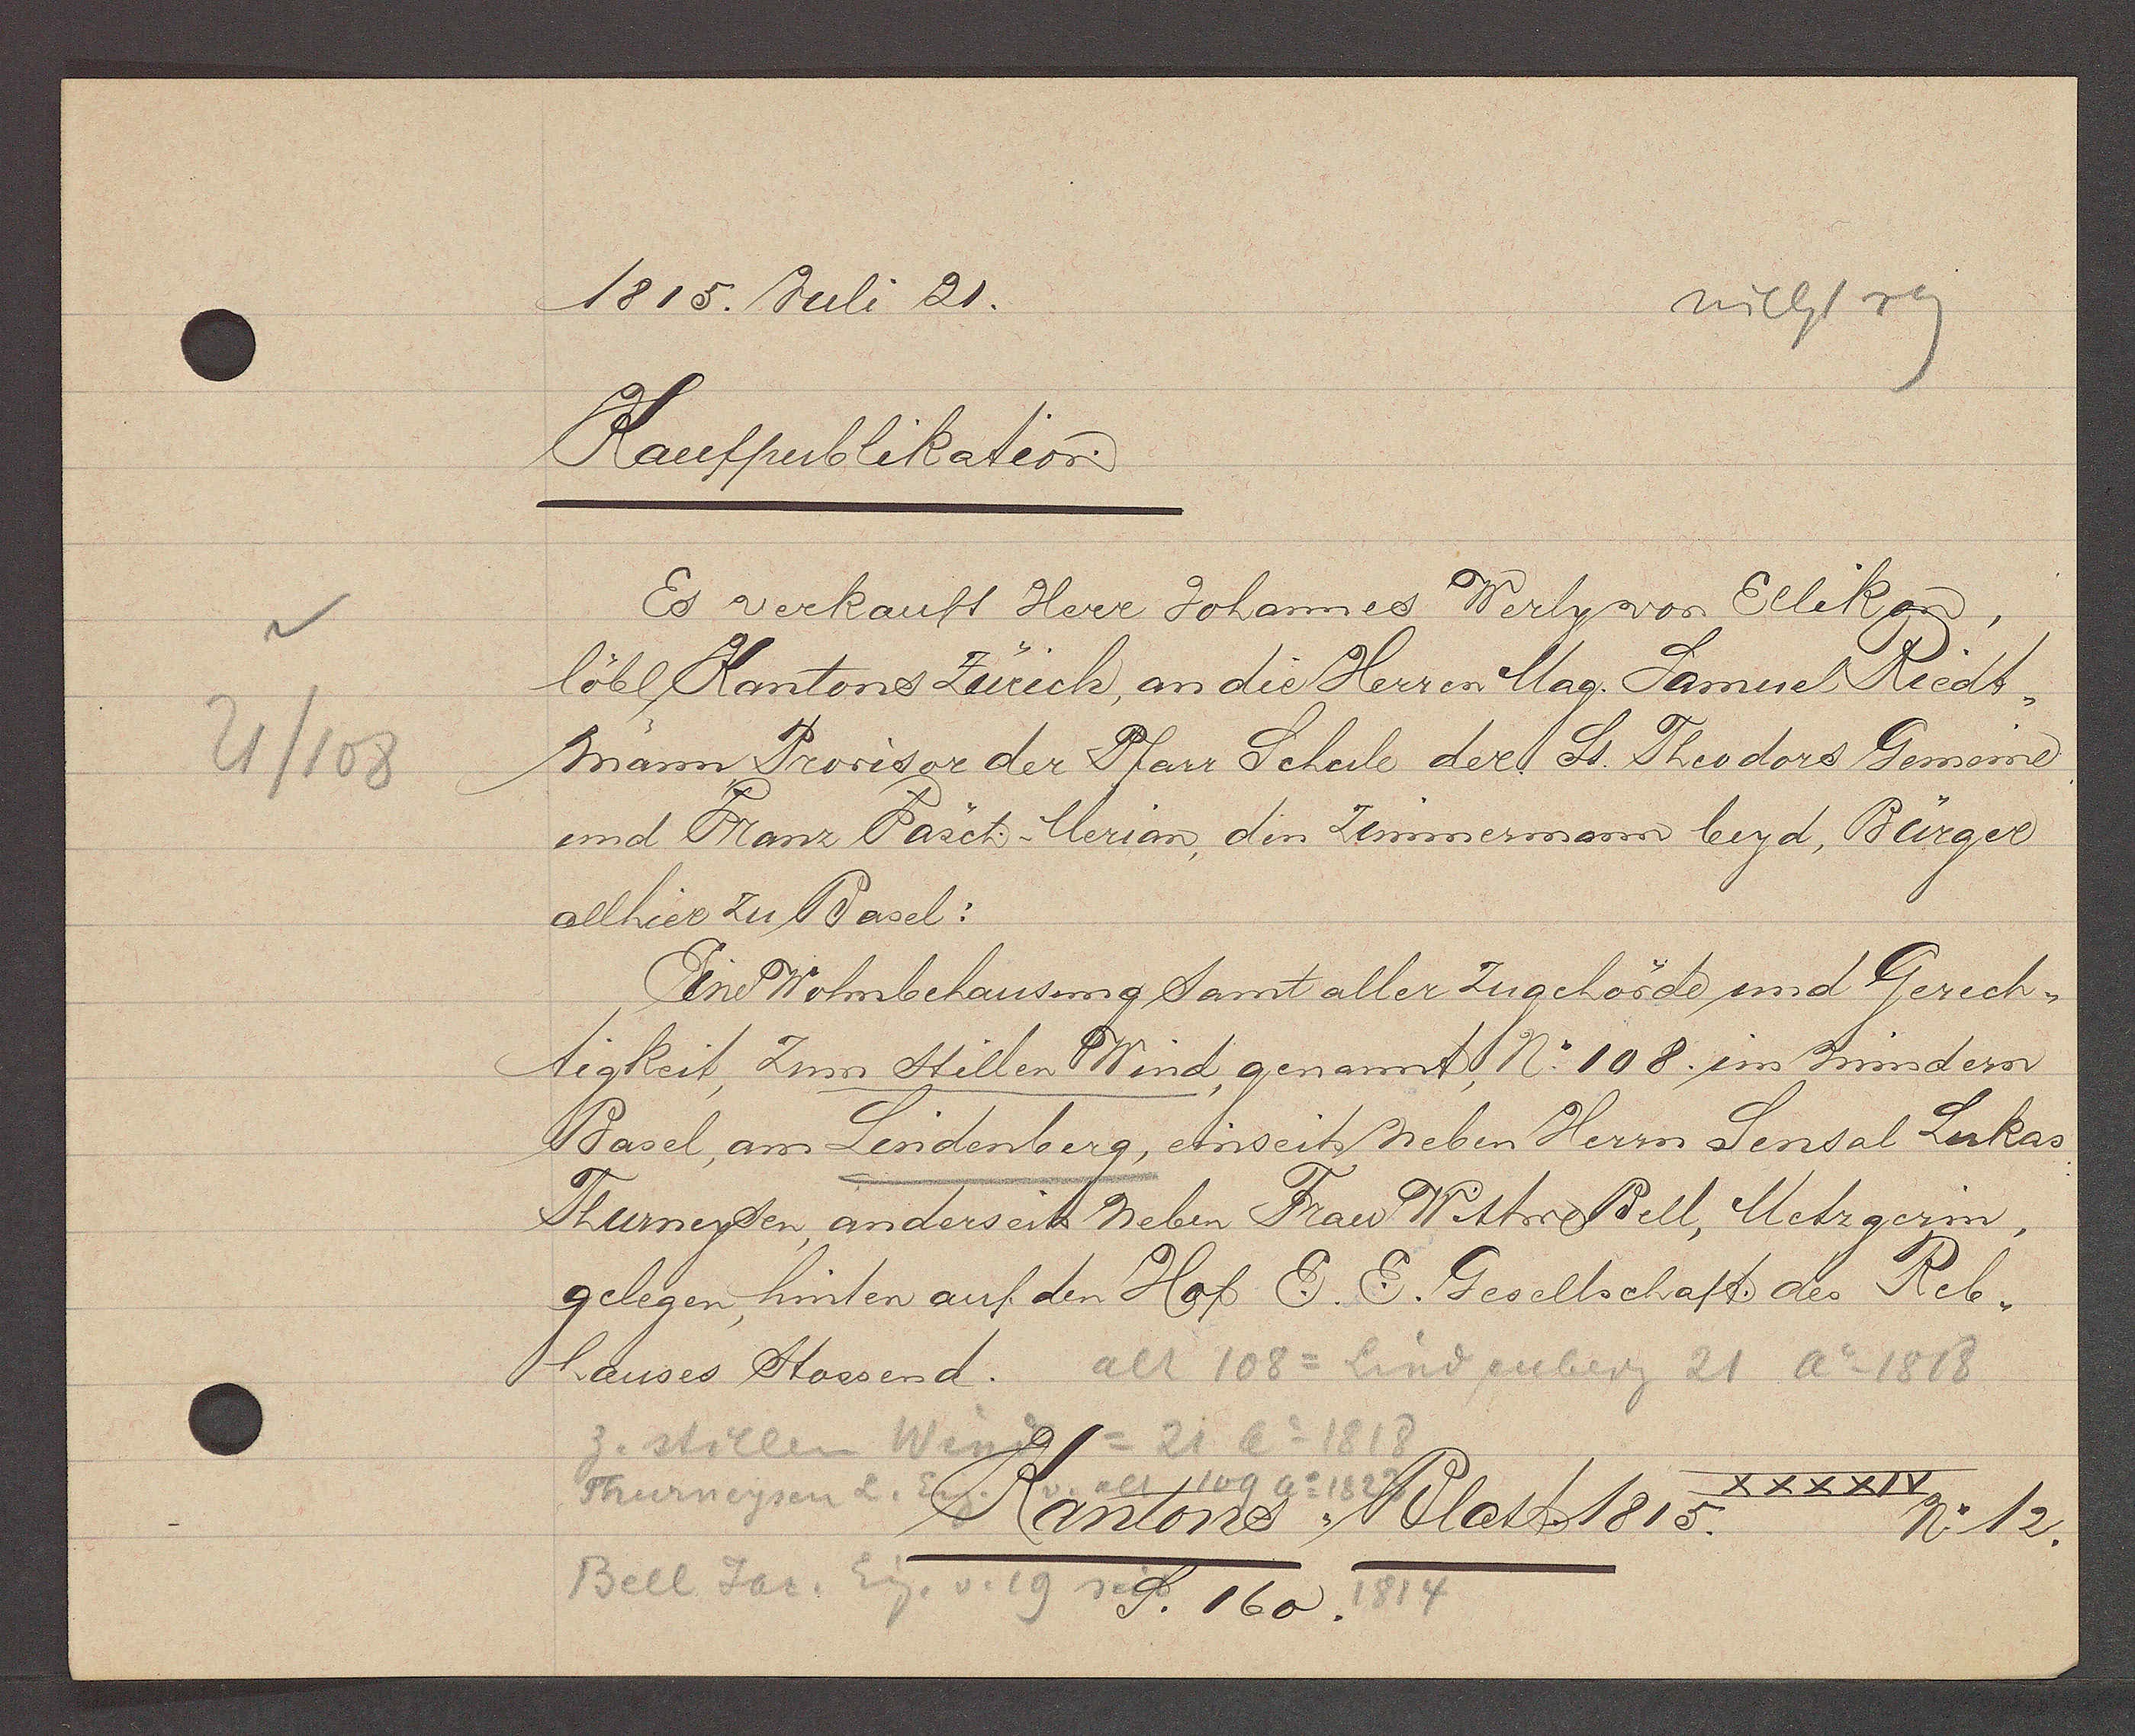
Transcript:
21/108

1815. Juli 21.

Kaufpublikation.
Es verkauft Herr Johannes Werly von Ellikon,
löbl Kantons Zürich, an die Herren Mag. Samuel Riedt,
mann Prorisor der Pfarr Schule der St. Theodors Gemoine
und Franz Päsch- Merian, den Zimmermann beyd, Bürger
allhier zu Basel:
Eine Wohnbehausung samt aller Zugehörde und Gerech¬
tigkeit, zum Stillen Wind, genannt, No 108. im mindern
Basel, an Lindenberg, einseits neben Herrn Sensal Lukas
Thurneysen, anderseit neben Frau Wittwe Bell, Metzgerin,
gelegen, hinten auf den Hof E. E. Gesellschaft des Reb¬
hauses stossend.

alt 108 = Lindenberg 21 Ao 1818
z. stillen Wind = 21 Ao 1818
Thurneysen L. Eig.
Bell Jac. Eig. v. 19 seit
alt 109 ao 1823
1814

XXXXIV
Kantons Blatt 1815
No 12.
S. 160.